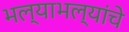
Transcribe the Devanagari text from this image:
भल्याभल्यांचे